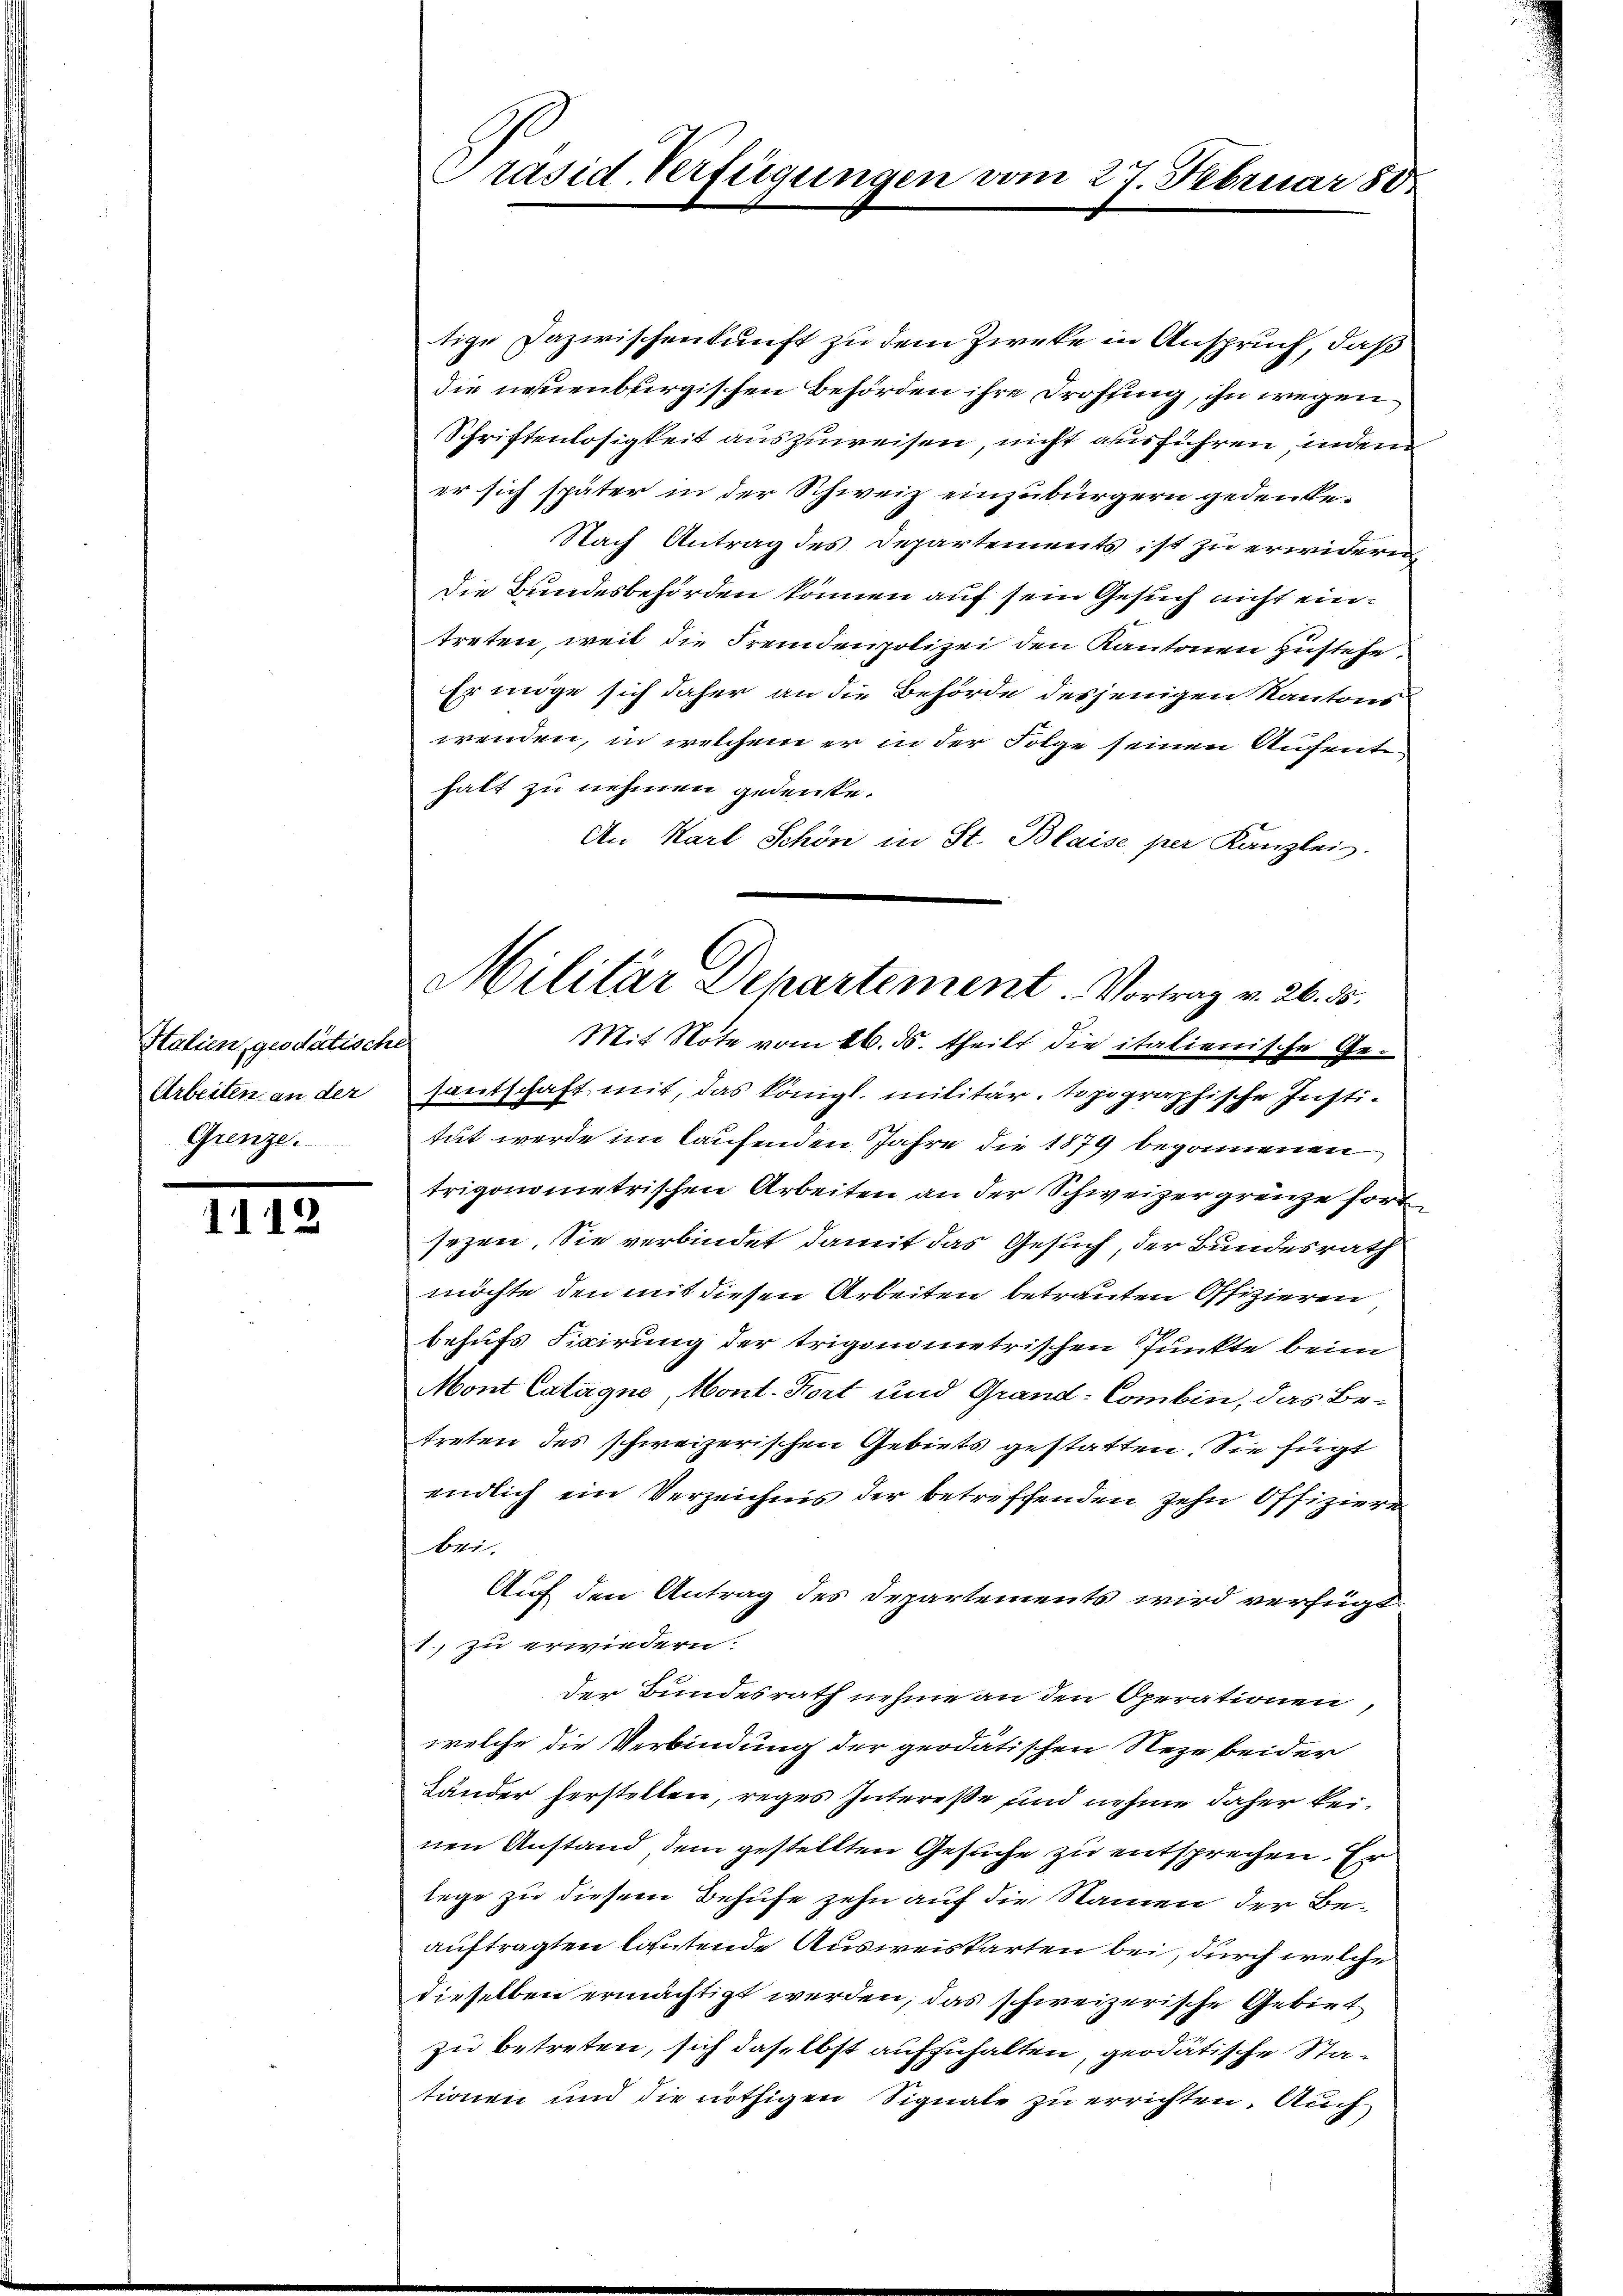
Italien, geodätisch
Arbeiten an der
Grenze.

1112

Präsid. Verfügungen vom 27. Februar 180

tige Dazwischenkunft zu dem Zweke in Anspruch, daß
die neuenburgischen Behörden ihre Drohsing, ihn wegen
Schriftenlosigkeit auszuweisen, nicht ausführen, indem
er sich später in der Schweiz einzubürgern gedenke¬
Nach Antrag des Departements ist zu erwidern,
Die Bundesbehörden können auf sein Gesuch nicht eintreten, weil die Fremdenpolizei den Kantonen zustehe
Er möge sich daher an die Behörde desjenigen Kantons
wenden, in welchem er in der Folge seinen Aufenten
hatt zu nehmen gedenke.
An Karl Schön in St. Blaise per Kanzleis
el
Hantschaft mit, das Königl. militär, topographische Institut werde im laufenden Jahre die 1879 begonnenen
trigonometrischen Arbeiten an der Schweizergrenze fort
sezen. Sie verbindet damit das Gesuch, der Bundesrath
möchte den mit diesen Arbeiten betrauten Offizieren
behufs Fixirung der trigonometrischen Punkte beim
Mont Catagne, Mont. Fort und Grand-Combin, das Be-
treten des schweizerischen Gebiets gestatten. Sie fügt
endlich ein Verzeichnis der betreffenden zehn Offiziere
bei.
Auf den Antrag des Departements wird verfügt:
1., zu erwiedern.
der Bundesrath nehme an den Operationen
welche die Verbindung der geodätischen Neze beider
Länder herstellen, reges Intereße sind nehme daher keinen Anstand dem gestellten Gesuche zu entsprechen. Er
lege zu diesem Behufe zehn auf die Namen der Beauftragten lautende Ausweiskarten bei, durch welche
dieselben ermächtigt werden, das schweizerische Gebiet
zu betreten, sich daß ebst aufzuhalten, geodätische Stationen und die nöthigen Signale zu errichten. Auch

Militar Departement. Vortrag v. 26. 5.
Mit Note vom 16. ds. theilt die italienische Ge¬